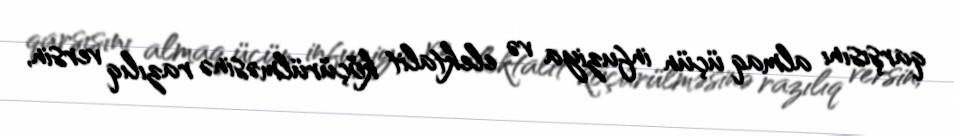
qarşısını almaq üçün infuziya və elektalit köçürülməsinə razılıq versin,